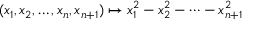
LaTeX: ( x _ { 1 } , x _ { 2 } , \ldots , x _ { n } , x _ { n + 1 } ) \mapsto x _ { 1 } ^ { 2 } - x _ { 2 } ^ { 2 } - \cdots - x _ { n + 1 } ^ { 2 }